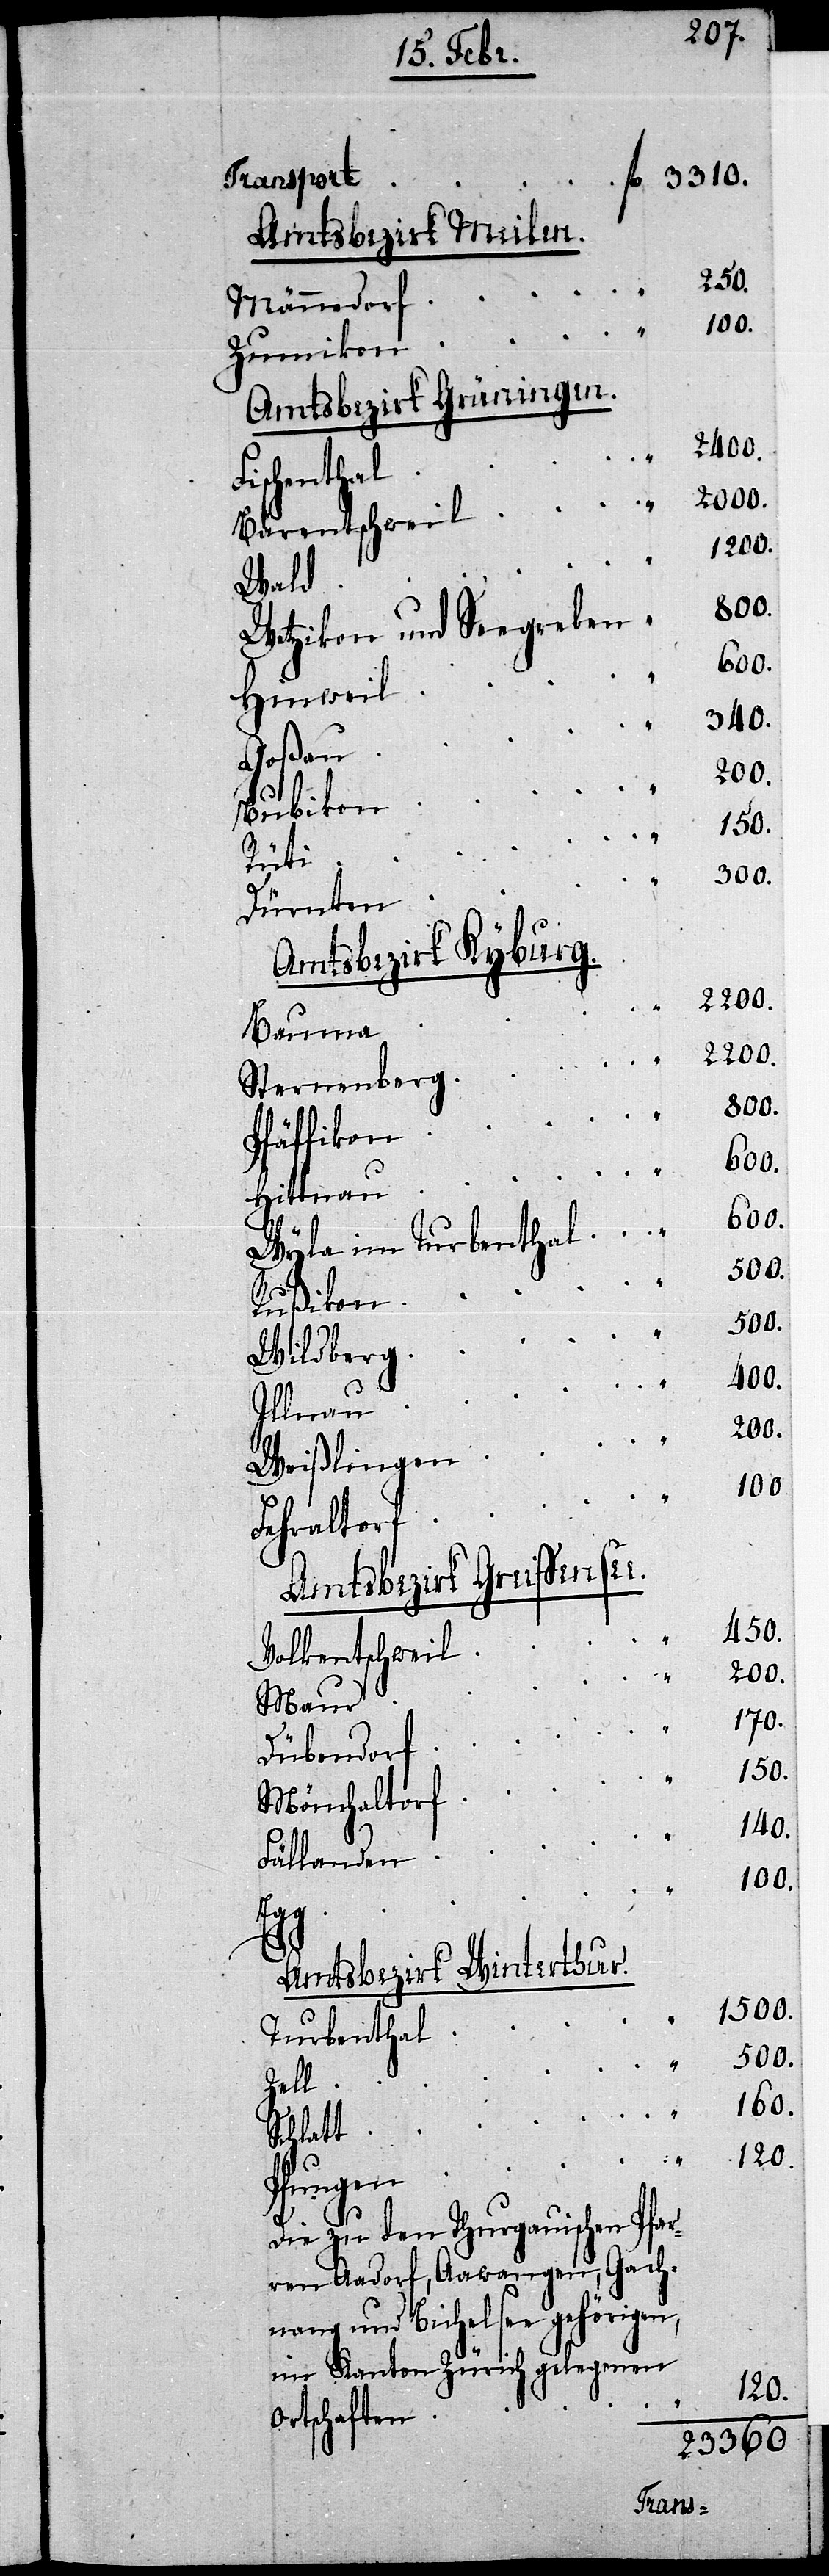
Transport
Amtsbezirk Meilen.
250.
Männedorf
„
Zumikon
Amtsbezirk Grüningen.
2400.
Fischenthal
2000.
Bärentschweil
1200.
Wald
800.
Wetzikon und Seegreben
800.
Hinweil
340.
Goßau
Rußikon
Rüti
300.
Dürnten
Amtsbezirk Kyburg.
Bauma
2200.
Sternenberg
Pfäffikon
Hittnau
600.
Wyla im Turbenthal
500.
Wildberg
400.
Illnau
Weißlingen
100
Fehraltorf
Amtsbezirk Greifsensee.
450.
Volkentschweil
200.
Maur
170.
Dübendorf
150.
Mönchaltorf
140.
Fällanden
100.
Amtsbezirk Winterthur.
1500.
Turbenthal
500.
Zell
160.
„
Schlatt
120.
„
fl.
Pfungen
Die zu den Thurgauischen Pfar¬
ren Aadorf, Aawangen, Gach¬
nang und Bichelsee gehörigen,
im Kanton Zürich gelegenen
„
Ortschaften
23360